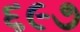
૬૯૭